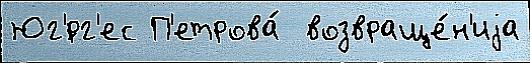
Юг'́рг'ес П'етрова́  возвраще́н'иjа